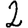
Digit: 2